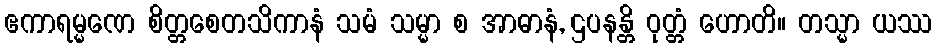
ဧကာရမ္မဏေ စိတ္တစေတသိကာနံ သမံ သမ္မာ စ အာဓာနံ, ဌပနန္တိ ဝုတ္တံ ဟောတိ။ တသ္မာ ယဿ